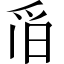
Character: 𱬹